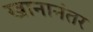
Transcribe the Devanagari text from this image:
खानानंतर